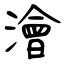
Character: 澮